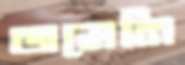
জমেনি